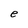
Character: S